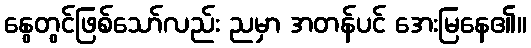
နွေတွင်ဖြစ်သော်လည်း ညမှာ အတန်ပင် အေးမြနေ၏။